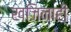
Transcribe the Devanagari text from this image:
खजिनाही